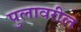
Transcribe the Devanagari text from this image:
पुलावरील